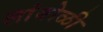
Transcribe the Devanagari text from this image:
लांबोळी